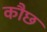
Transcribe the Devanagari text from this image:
कौछ